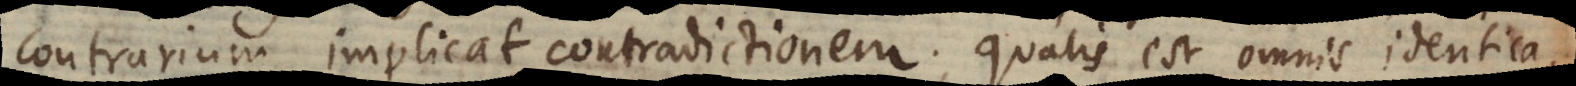
contrarium implicat contradictionem; qualis est omnis identica,